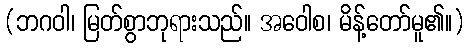
(ဘဂဝါ၊ မြတ်စွာဘုရားသည်။ အဝေါစ၊ မိန့်တော်မူ၏။)